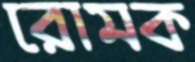
রোমক